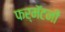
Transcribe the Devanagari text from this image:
फर्मॅटनी